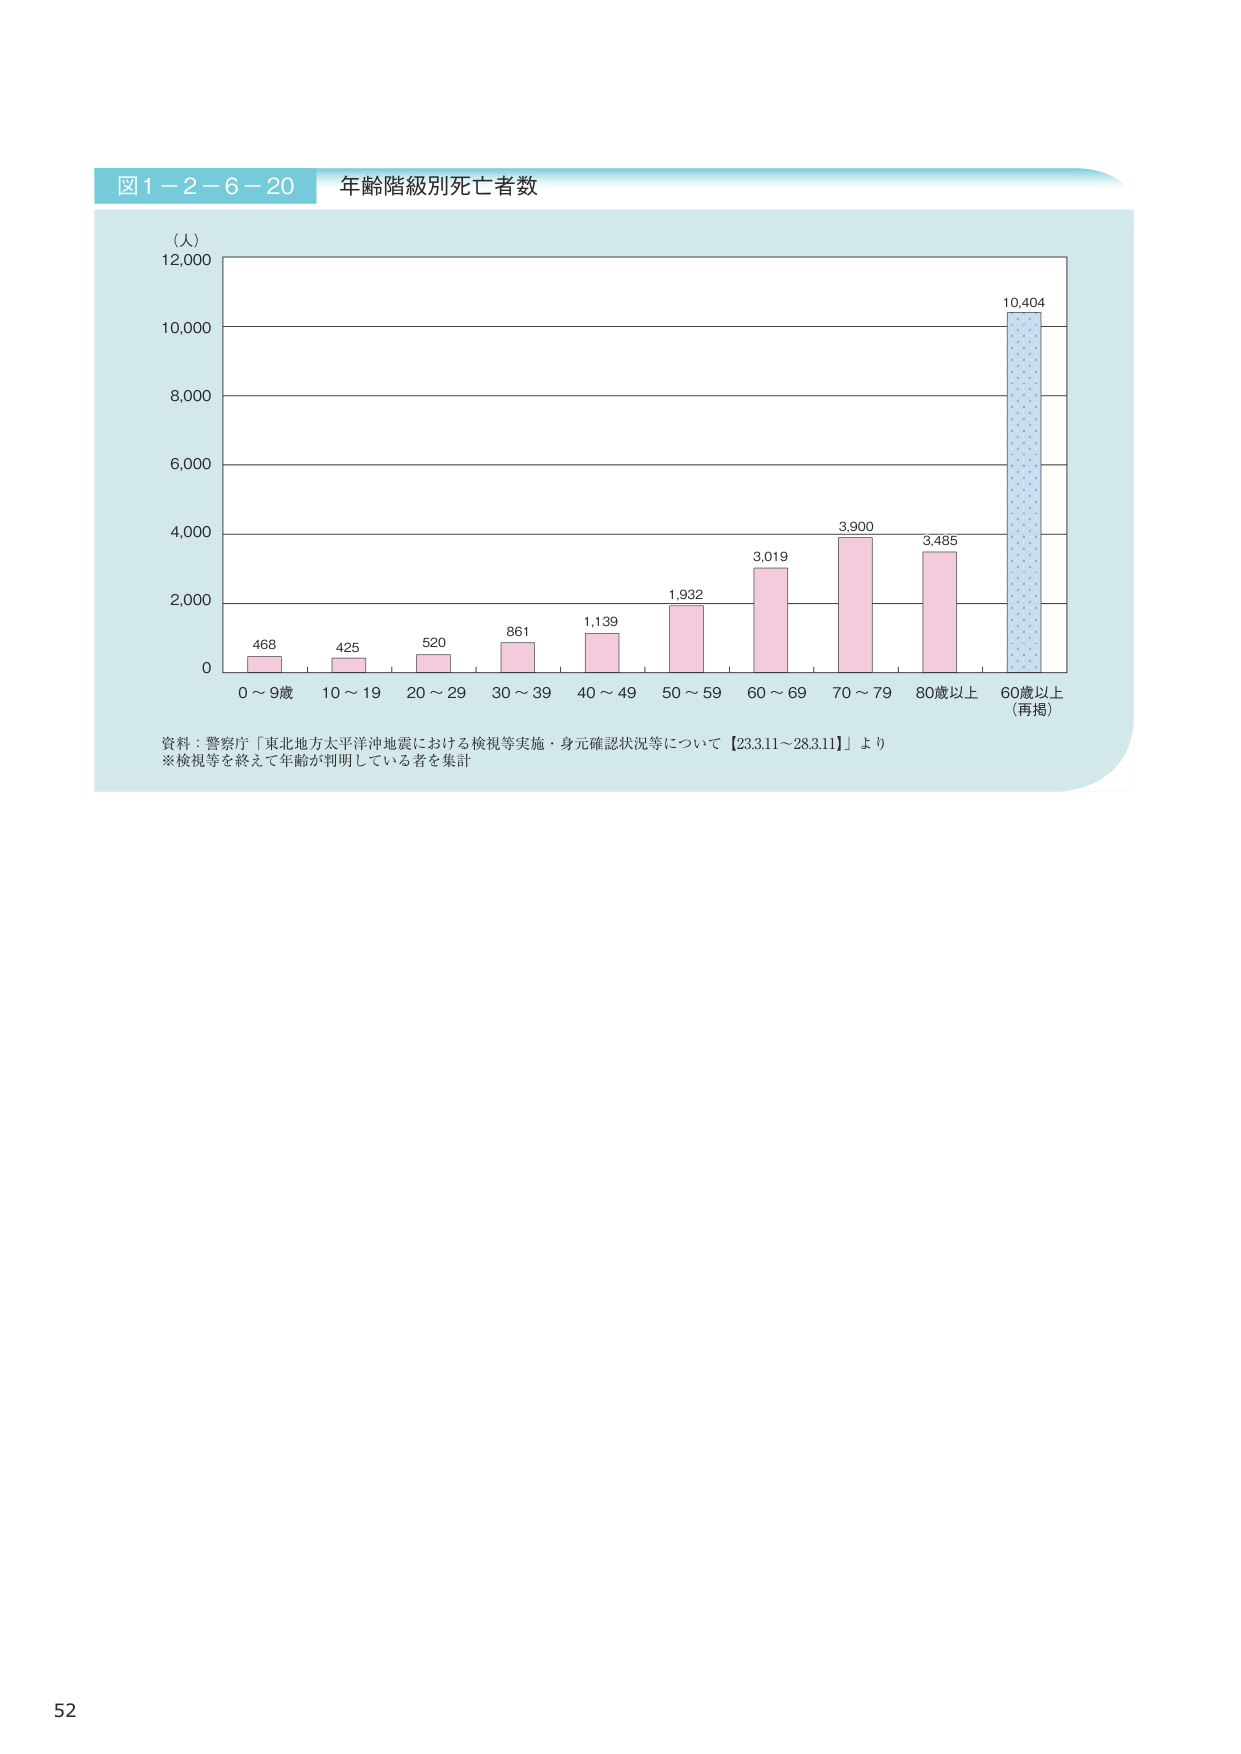
図1-2-6-20 年齢階級別死者数

（人）
12,000
10,000
8,000
6,000
4,000
2,000
0

468
425
520
861
1,139
1,932
3,019
3,900
3,485
10,404

0～9歳
10～19
20～29
30～39
40～49
50～59
60～69
70～79
80歳以上
60歳以上
（再掲）

資料：警察庁「東北地方太平洋沖地震における検視等実施・身元確認状況等について【23.3.11～28.3.11】」より
※検視等を終えて年齢が判明している者を集計

52